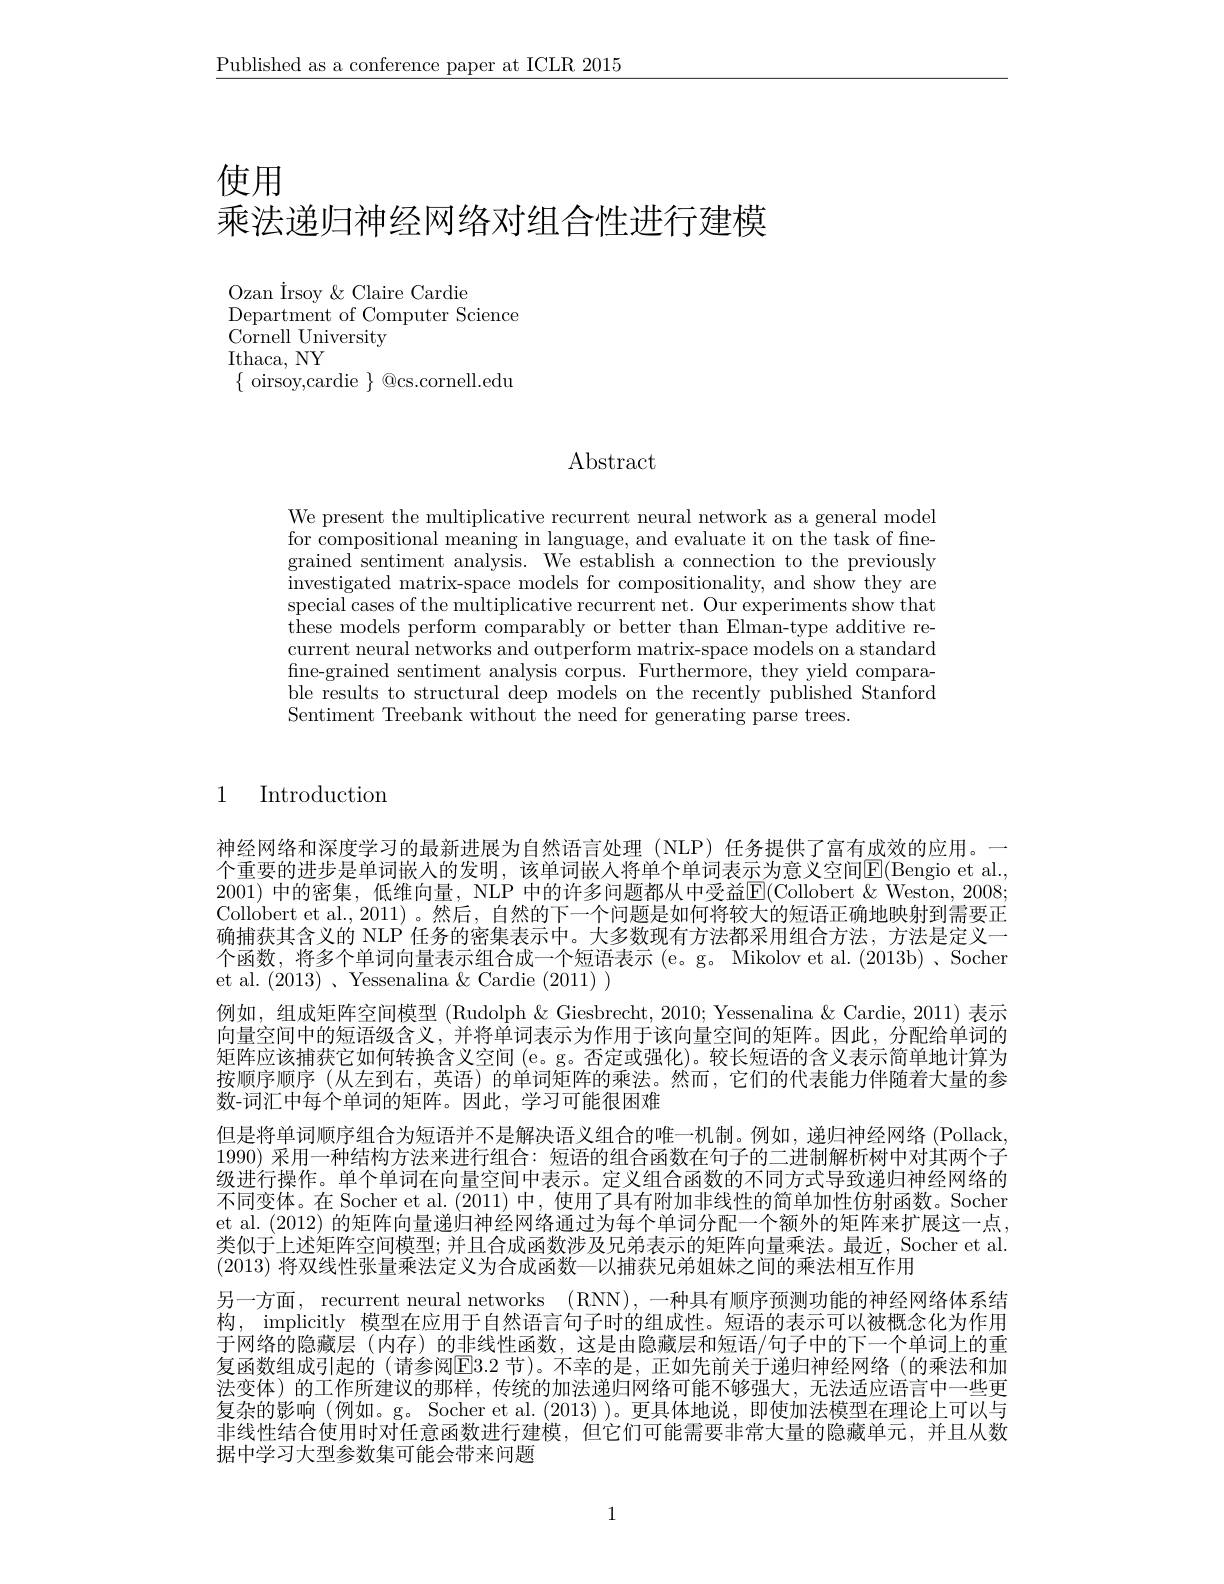
$\underline{\text{Published as a conference paper at ICLR 2015}}$

使用

# 乘法递归神经网络对组合性进行建模

Ozan Irsoy & Claire Cardie
Department of Computer Science
${\mathrm{Cornell~University}}$
Ithaca, NY
$\{$ oirsoy,cardie $\}$ @cs.cornell.edu

Abstract

We present the multiplicative recurrent neural network as a general model for compositional meaning in language, and evaluate it on the task of finegrained sentiment analysis. We establish a connection to the previously investigated matrix-space models for compositionality, and show they are special cases of the multiplicative recurrent net. Our experiments show that these models perform comparably or better than Elman-type additive recurrent neural networks and outperform matrix-space models on a standard fine-grained sentiment analysis corpus. Furthermore, they yield comparable results to structural deep models on the recently published Stanford Sentiment Treebank without the need for generating parse trees.

1

Introduction

神经网络和深度学习的最新进展为自然语言处理(NLP) 任务提供了富有成效的应用。一个重要的进步是单词嵌人的发明，该单词嵌人将单个单词表示为意义空间$\boxed{\mathrm{E}}($Bengio et al. 2001) 中的密集，低维向量，NLP 中的许多问题都从中受益E(Collobert &Weston, 2008; Collobert et al., 2011)。然后，自然的下一个问题是如何将较大的短语正确地映射到需要正确捕获其含义的 NLP 任务的密集表示中。大多数现有方法都采用组合方法，方法是定义一个函数，将多个单词向量表示组合成一个短语表示 (e。g。Mikolov et al. (2013b) 、Socher et al. (2013) , Yessenalina $\&$ Cardie (2011) )
例如，组成矩阵空间模型 (Rudolph $\&$ Giesbrecht, 2010; Yessenalina & Cardie, 2011) 表示向量空间中的短语级含义，并将单词表示为作用于该向量空间的矩阵。因此，分配给单词的矩阵应该捕获它如何转换含义空间 (e。g。否定或强化)。较长短语的含义表示简单地计算为按顺序顺序 (从左到右，英语)的单词矩阵的乘法。然而，它们的代表能力伴随着大量的参数-词汇中每个单词的矩阵。因此，学习可能很困难
但是将单词顺序组合为短语并不是解决语义组合的唯一机制。例如，递归神经网络 (Pollack, 1990) 采用一种结构方法来进行组合：短语的组合函数在句子的二进制解析树中对其两个子级进行操作。单个单词在向量空间中表示。定义组合函数的不同方式导致递归神经网络的不同变体。在 Socher et al. (2011) 中，使用了具有附加非线性的简单加性仿射函数。Socher et al. (2012) 的矩阵向量递归神经网络通过为每个单词分配一个额外的矩阵来扩展这一点， 类似于上述矩阵空间模型；并且合成函数涉及兄弟表示的矩阵向量乘法。最近，Socher et al. (2013)将双线性张量乘法定义为合成函数—以捕获兄弟姐妹之间的乘法相互作用
另一方面，recurrent neural networks (RNN), 一种具有顺序预测功能的神经网络体系结构，implicitly 模型在应用于自然语言句子时的组成性。短语的表示可以被概念化为作用于网络的隐藏层(内存)的非线性函数，这是由隐藏层和短语/句子中的下一个单词上的重复函数组成引起的 (请参阅E3.2 节)。不幸的是，正如先前关于递归神经网络 (的乘法和加法变体)的工作所建议的那样，传统的加法递归网络可能不够强大，无法适应语言中一些更复杂的影响(例如。g。Socher et al. (2013) )。更具体地说，即使加法模型在理论上可以与非线性结合使用时对任意函数进行建模，但它们可能需要非常大量的隐藏单元，并且从数据中学习大型参数集可能会带来问题

1